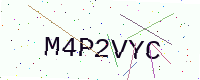
Text: M4P2VYC